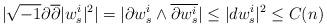
LaTeX: \begin{align*}|\sqrt{-1}\partial\overline\partial |w^i_s|^2| = |\partial w^i_s\wedge\overline{\partial w^i_s}|\leq |dw^i_s|^2\leq C(n)\end{align*}